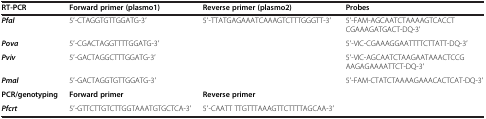
<table><thead><tr><td><b>RT-PCR</b></td><td><b>Forward primer (plasmo1)</b></td><td><b>Reverse primer (plasmo2)</b></td><td><b>Probes</b></td></tr></thead><tbody><tr><td><b><i>Pfal</i></b></td><td>5′-CTAGGTGTTGGATG-3′</td><td>5′-TTATGAGAAATCAAAGTCTTTGGGTT-3′</td><td>5′-FAM-AGCAATCTAAAAGTCACCTCGAAAGATGACT-DQ-3′</td></tr><tr><td><b><i>Pova</i></b></td><td>5′-CGACTAGGTTTTGGATG-3′</td><td> </td><td>5′-VIC-CGAAAGGAATTTTCTTATT-DQ-3′</td></tr><tr><td><b><i>Pviv</i></b></td><td>5′-GACTAGGCTTTGGATG-3′</td><td> </td><td>5′-VIC-AGCAATCTAAGAATAAACTCCGAAGAGAAAATTCT-DQ-3′</td></tr><tr><td><b><i>Pmal</i></b></td><td>5′-GACTAGGTGTTGGATG-3′</td><td> </td><td>5′-FAM-CTATCTAAAAGAAACACTCAT-DQ-3′</td></tr><tr><td><b>PCR/genotyping</b></td><td><b>Forward primer</b></td><td><b>Reverse primer</b></td><td> </td></tr><tr><td><b><i>Pfcrt</i></b></td><td>5′-GTTCTTGTCTTGGTAAATGTGCTCA-3′</td><td>5′-CAATT TTGTTTAAAGTTCTTTTAGCAA-3′</td><td> </td></tr></tbody></table>